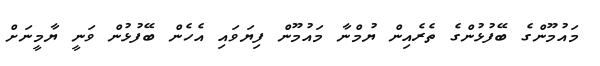
މައުމޫންގެ ބޭފުޅުންގެ ތެރެއިން ޔުމްނާ މައުމޫން ފިޔަވައި އެހެން ބޭފުޅުން ވަނީ ޔާމީނަށް